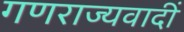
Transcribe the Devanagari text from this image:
गणराज्यवादीं